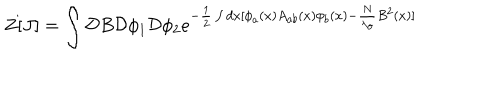
Z [ J ] = \int { \cal D } B { \cal D } \phi _ { 1 } { \cal D } \phi _ { 2 } e ^ { - \frac { 1 } { 2 } \int d x [ \phi _ { a } ( x ) A _ { a b } ( x ) \phi _ { b } ( x ) - \frac { N } { \lambda _ { o } } B ^ { 2 } ( x ) ] }